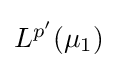
{\textstyle L^{p'}(\mu _{1})}